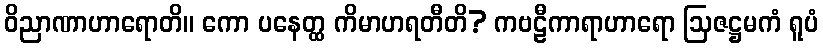
ဝိညာဏာဟာရောတိ။ ကော ပနေတ္ထ ကိမာဟရတီတိ? ကဗဠီကာရာဟာရော ဩဇဋ္ဌမကံ ရူပံ